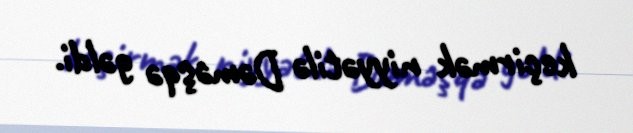
keçirmək niyyətilə Dəməşqə gəldi.